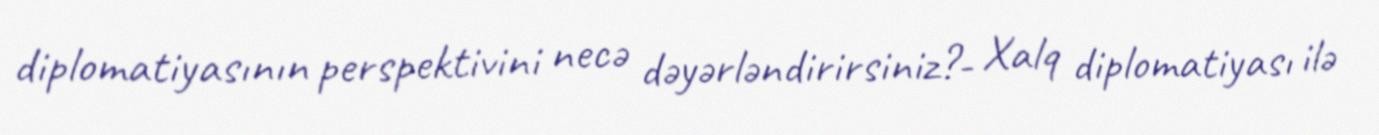
diplomatiyasının perspektivini necə dəyərləndirirsiniz?- Xalq diplomatiyası ilə